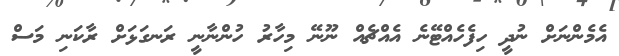
އެމެންނަށް ނުދީ ހިފެހެއްޓޭނެ އެއްޗެއް ނޫނޭ މިހާރު ހުންނާނީ ރަނގަޅަށް ރާކަނި މަސް